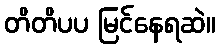
တိတိပပ မြင်နေရဆဲ။